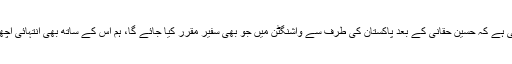
لیکن اس کے ساتھ ہی ہمیں اس بات کا یقین بھی ہے کہ حسین حقانی کے بعد پاکستان کی طرف سے واشنگٹن میں جو بھی سفیر مقرر کیا جائے گا، ہم اس کے ساتھ بھی انتہائی اچھے طریقے سے کام کرنے کے قابل ہوں گے‘۔